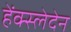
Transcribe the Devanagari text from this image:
हेंक्स्लेदेन